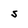
Character: S